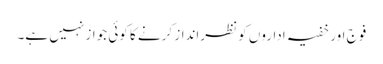
فوج اور خفیہ اداروں کو نظرانداز کرنے کا کوئی جواز نہیں ہے۔